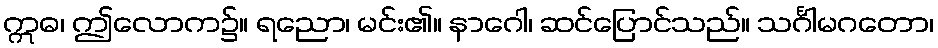
ဣဓ၊ ဤလောက၌။ ရညော၊ မင်း၏။ နာဂေါ၊ ဆင်ပြောင်သည်။ သင်္ဂါမဂတော၊